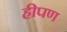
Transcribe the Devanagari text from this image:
हीपण